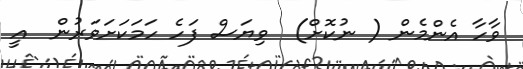
ވާހާ އެންމެން ( ނުކޮށް)  ވިޔަސް ފަހެ ހަމަކަށަވަރުން  އީ